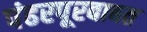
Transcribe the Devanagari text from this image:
पंढरपूरबाबत